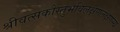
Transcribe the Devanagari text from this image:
श्रीवत्सकौस्तुभविलक्षणलक्षणस्य